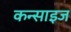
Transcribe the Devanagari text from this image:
कन्साइज